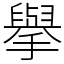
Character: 擧